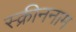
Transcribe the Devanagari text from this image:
स्क्रीननाम